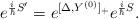
LaTeX: \begin{align*}e^{{i\over\hbar}S^\prime}=e^{[\Delta,Y^{(0)}]_+}e^{{i\over\hbar}S}.\end{align*}